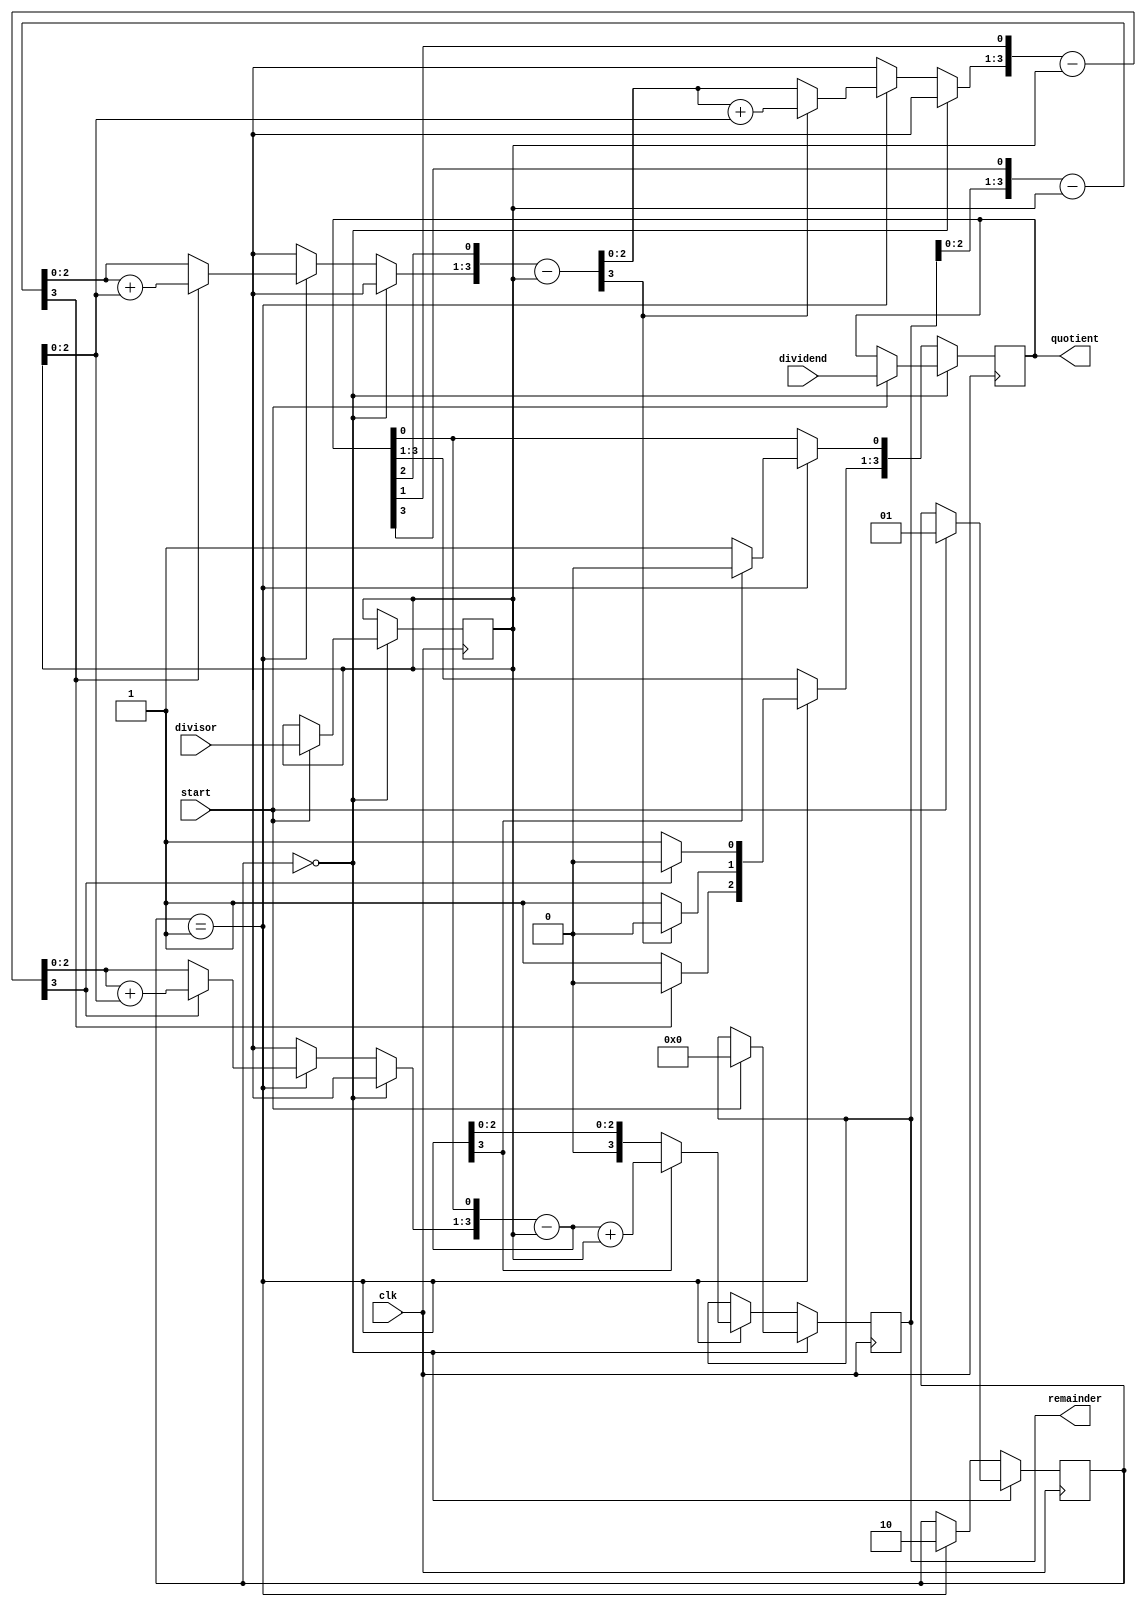
module q5_divider(remainder,quotient,start,clk,divisor,dividend);
	parameter N = 4;
	input start,clk;
	input [N-1:0]divisor,dividend;
	output[N-1:0] remainder,quotient;

	reg [N-1:0] rega,regm,regq;
	reg q3;
	reg [1:0]state;
	integer count;

	initial state = 2'b00;

	always @(posedge clk) begin
		
		if (state == 2'b00) begin

			if (start == 1'b1) begin
				rega = 4'b0000;
				regm = divisor;
				regq = dividend;
				state = 2'b01;
				
			end 
		
		end else if (state == 2'b01) begin
			for (count = N; count > 0; count = count - 1) begin
				q3 = regq[3];
				rega = rega << 1;
				rega[0] = q3;
				regq = regq << 1;
				rega = rega - regm;
				
				if (rega[3] == 1'b1) begin		
					regq[0] = 1'b0;
					rega = rega + regm;
				end else if (rega[3] == 1'b0) begin
					regq[0] = 1'b1;
					
				end
				
			end

			state = 2'b10;
		end 

	end

	assign quotient = regq;
	assign remainder = rega;


endmodule